Scottish Leaving Certificate Examination, 1959
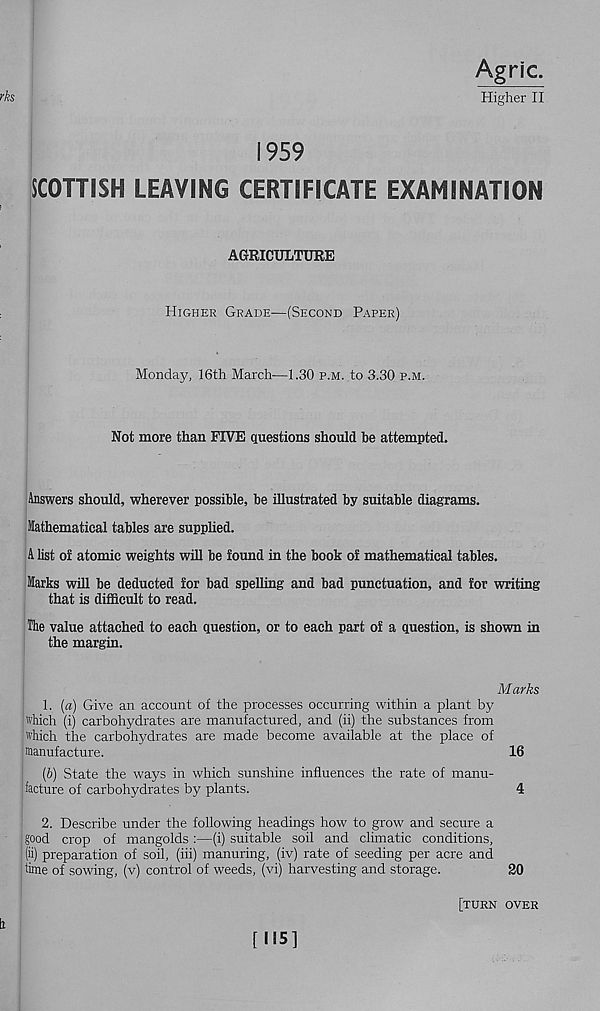
rh
Agric.
Higher II
1959
SCOTTISH LEAVING CERTIFICATE EXAMINATION
AGRICULTURE
Higher Grade—(Second Paper)
Monday, 16th March—1.30 p.m. to 3.30 p.m.
Not more than FIVE questions should he attempted.
Answers should, wherever possible, be illustrated by suitable diagrams.
Mathematical tables are supplied.
A list or atomic weights will be found in the book of mathematical tables.
Marks will be deducted for bad spelling and bad punctuation, and for writing
that is difficult to read.
The value attached to each question, or to each part of a question, is shown in
the margin.
Marks
1. [a) Give an account of the processes occurring within a plant by
which (i) carbohydrates are manufactured, and (ii) the substances from
which the carbohydrates are made become available at the place of
manufacture.
16
(6) State the ways in which sunshine influences the rate of manu-
facture of carbohydrates by plants.
4
2. Describe under the following headings how to grow and secure a
good crop of mangolds :—(i) suitable soil and climatic conditions,
(h) preparation of soil, (iii) manuring, (iv) rate of seeding per acre and
time of sowing, (v) control of weeds, (vi) harvesting and storage.
20
[turn over
h
[N5]